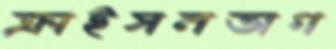
ক্রাইসনতাগ